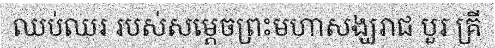
ឈប់ឈរ របស់សម្តេចព្រះមហាសង្ឃរាជ បួរ គ្រី